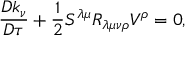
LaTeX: { \frac { D k _ { \nu } } { D \tau } } + { \frac { 1 } { 2 } } S ^ { \lambda \mu } R _ { \lambda \mu \nu \rho } V ^ { \rho } = 0 ,